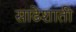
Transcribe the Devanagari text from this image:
साढेशाती